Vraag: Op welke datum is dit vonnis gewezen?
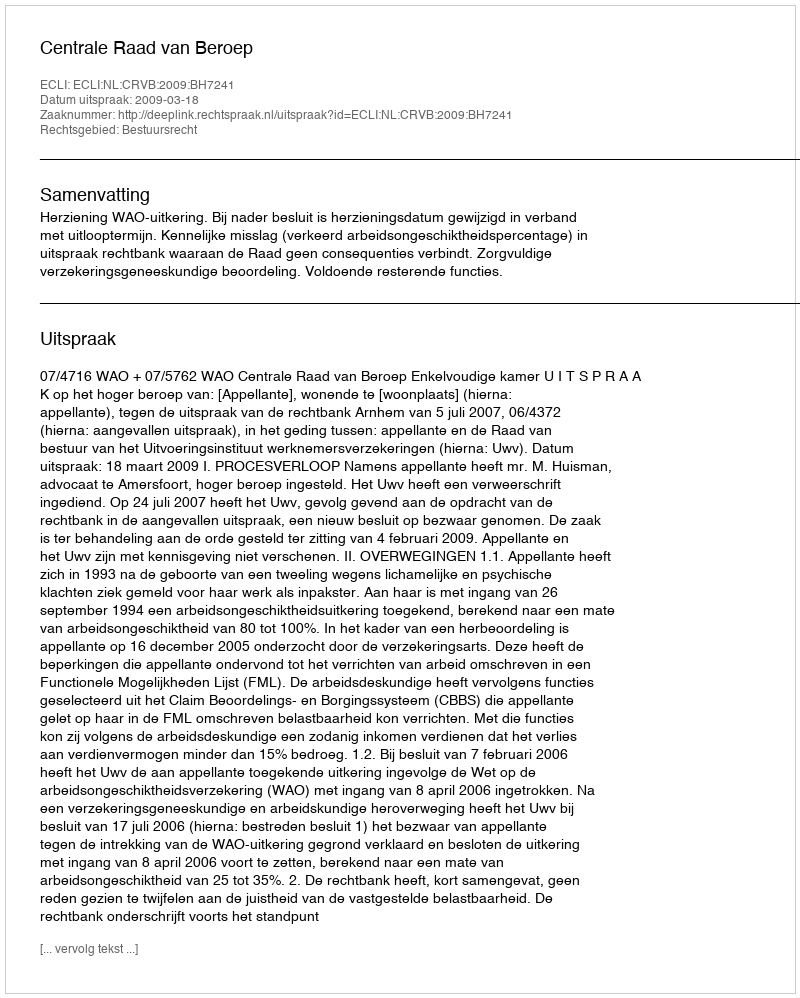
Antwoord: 2009-03-18